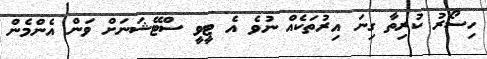
ހިސޯރު ކުރިތާ ގިނަ އިރުތަކެއް ނުވެ އެ ޓީވީ ސްޓޭޝަނަށް ވަން އެންމެން